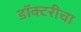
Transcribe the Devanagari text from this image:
डॉक्टरीचा